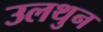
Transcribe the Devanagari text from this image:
उलथुन